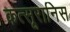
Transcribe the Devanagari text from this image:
कत्सूरानिस